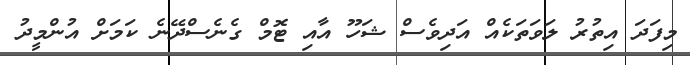
މިފަދަ އިތުރު ލަވަތަކެއް އަދިވެސް ޝަހޫ އާއި ޓޮމް ގެނެސްދޭނެ ކަމަށް އުންމީދު